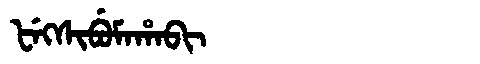
Manchu: ᡶᡝᡴᠰᡳᠪᡠᠮᠠᡥᠠᠪᡳ
Romanization: FEKSIBUMAHABI